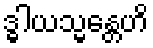
ဒ္ဓါယသ္မန္တေဟိ